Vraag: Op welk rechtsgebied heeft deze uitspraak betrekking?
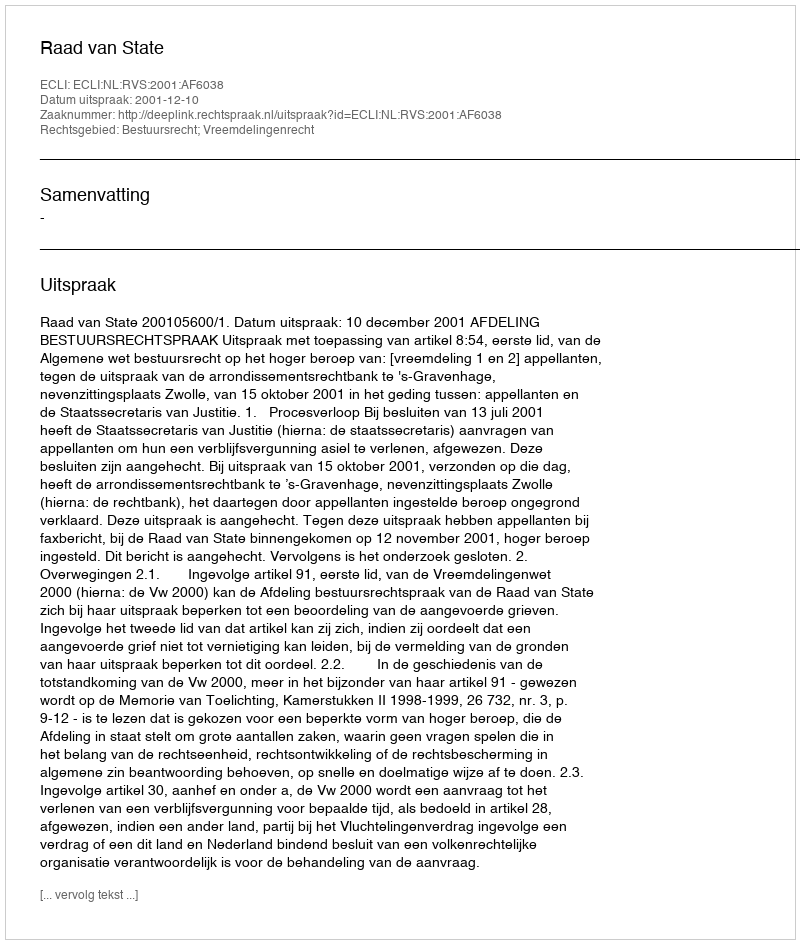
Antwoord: Bestuursrecht; Vreemdelingenrecht